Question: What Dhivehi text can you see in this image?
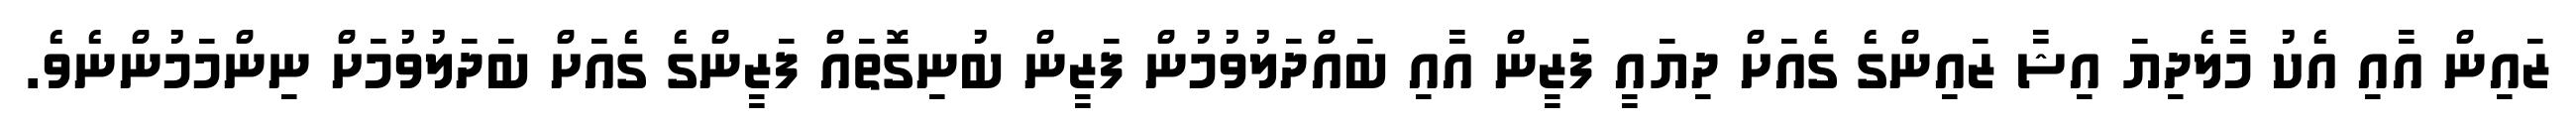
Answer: ޒައިން އާއި އެކު މާލެދިޔަ އިޝާ ޒައިންގެ ގެއަށް ދިޔައީ ފަޒީން އާއި ބައްދަލުވުމުން ފަޒީން ބުނިގޮތައް ފަޒީންގެ ގެއަށް ބަދަލުވުމަށް ނިންމަމުންނެވެ.